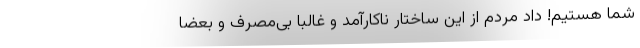
شما هستیم! داد مردم از این ساختار ناکارآمد و غالبا بی‌مصرف و بعضا